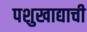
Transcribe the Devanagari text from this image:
पशुखाद्याची